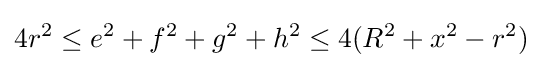
4r^{2}\leq e^{2}+f^{2}+g^{2}+h^{2}\leq 4(R^{2}+x^{2}-r^{2})